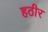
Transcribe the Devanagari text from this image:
हठीर